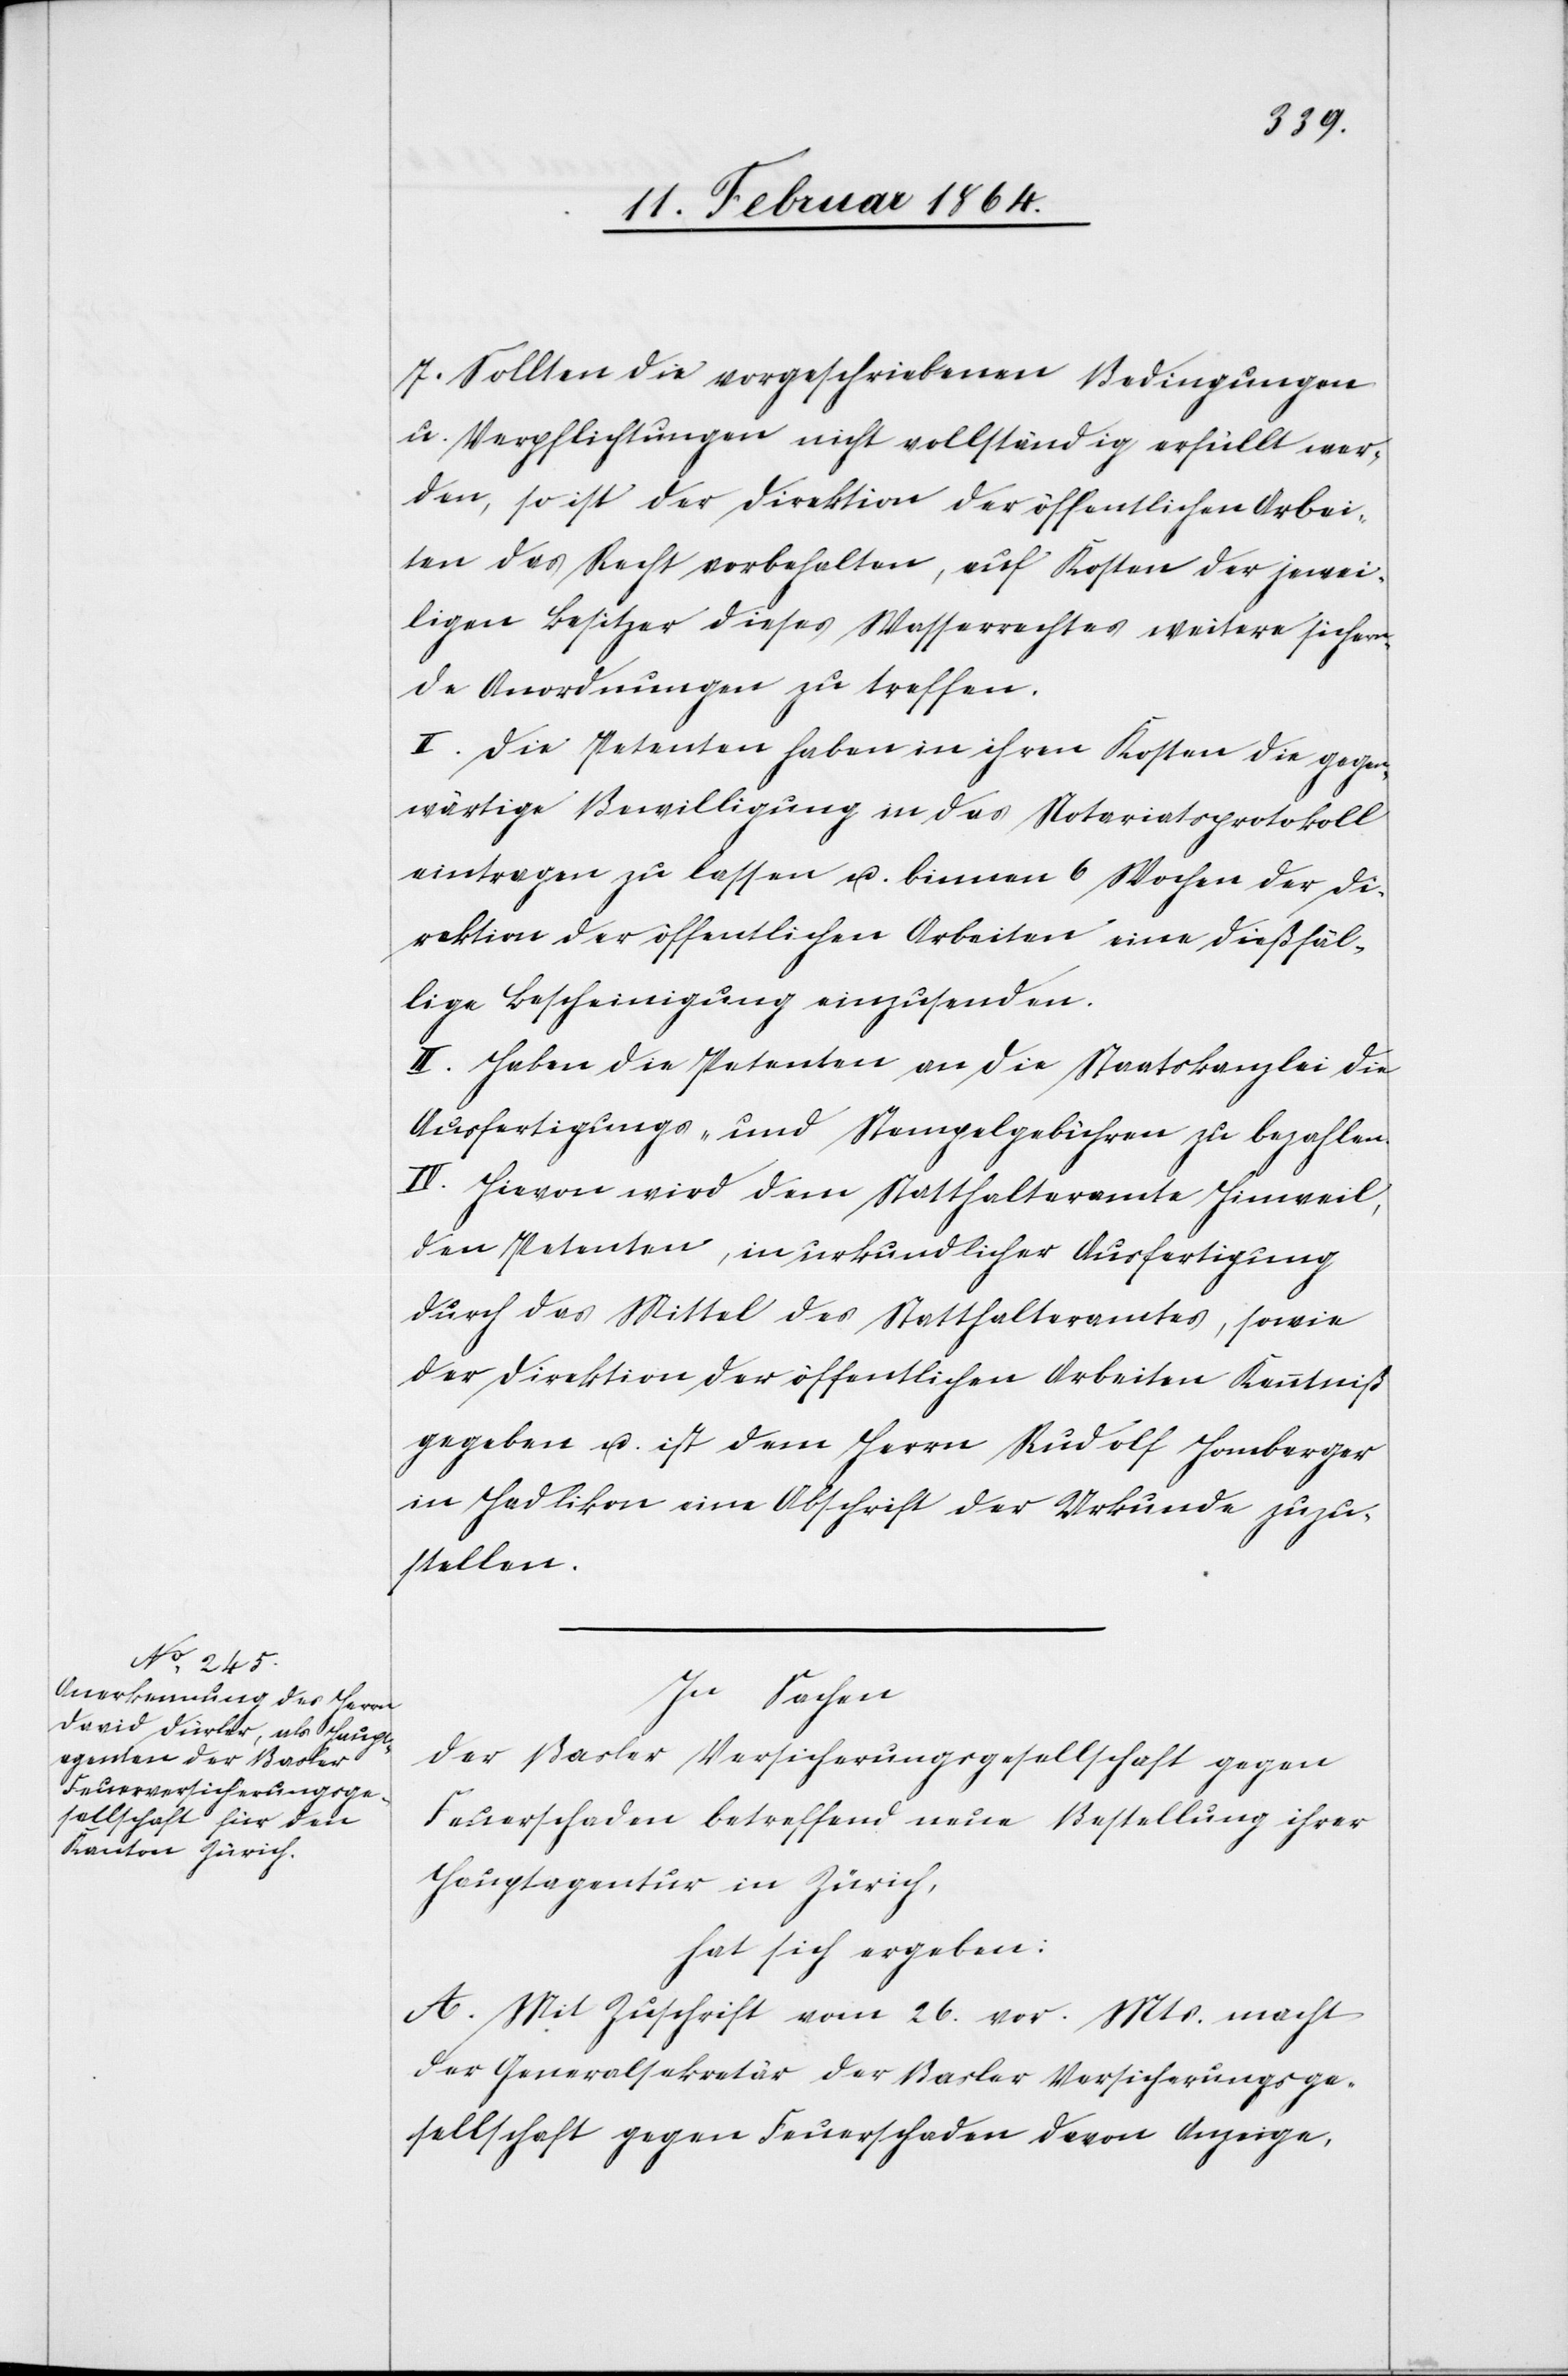
7.) Sollten die vorgeschriebenen Bedingungen
u. Verpflichtungen nicht vollständig erfüllt wer¬
den, so ist der Direktion der öffentlichen Arbei¬
ten das Recht vorbehalten, auf Kosten der jewei¬
ligen Besitzer dieses Wasserrechtes weitere sichern¬
de Anordnungen zu treffen.
II. Die Petenten haben in ihren Kosten die gegen¬
wärtige Bewilligung in das Notariatsprotokoll
eintragen zu lassen u. binnen 6 Wochen der Di¬
rektion der öffentlichen Arbeiten eine dießfäl¬
lige Bescheinigung einzusenden.
III. Haben die Petenten an die Staatskanzlei die
Ausfertigungs- und Stempelgebühren zu bezahlen.
IV. Hievon wird dem Statthalteramte Hinweil,
den Petenten, in urkundlicher Ausfertigung
durch das Mittel des Statthalteramtes, sowie
der Direktion der öffentlichen Arbeiten Kenntniß
gegeben u. ist dem Herrn Rudolf Homberger
in Hadlikon eine Abschrift der Urkunde zuzu¬
stellen.
In Sachen
der Basler Versicherungsgesellschaft gegen
Feuerschaden betreffend neue Bestellung ihrer
Hauptagentur in Zürich,
hat sich ergeben:
A. Mit Zuschrift vom 26. vor. Mts. macht
der Generalsekretär der Basler Versicherungsge¬
sellschaft gegen Feuerschaden davon Anzeige,